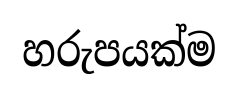
හරුපයක්ම